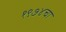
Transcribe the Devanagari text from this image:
१९७४चा